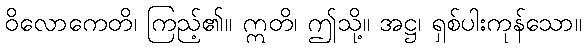
ဝိလောကေတိ၊ ကြည့်၏။ ဣတိ၊ ဤသို့။ အဋ္ဌ၊ ရှစ်ပါးကုန်သော။